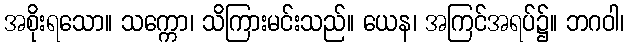
အစိုးရသော။ သက္ကော၊ သိကြားမင်းသည်။ ယေန၊ အကြင်အရပ်၌။ ဘဂဝါ၊